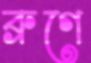
ব্রুগে